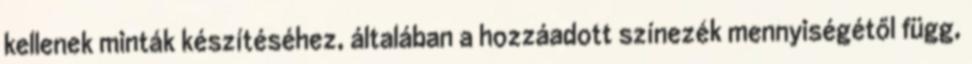
kellenek minták készítéséhez, általában a hozzáadott színezék mennyiségétől függ,